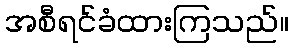
အစီရင်ခံထားကြသည်။